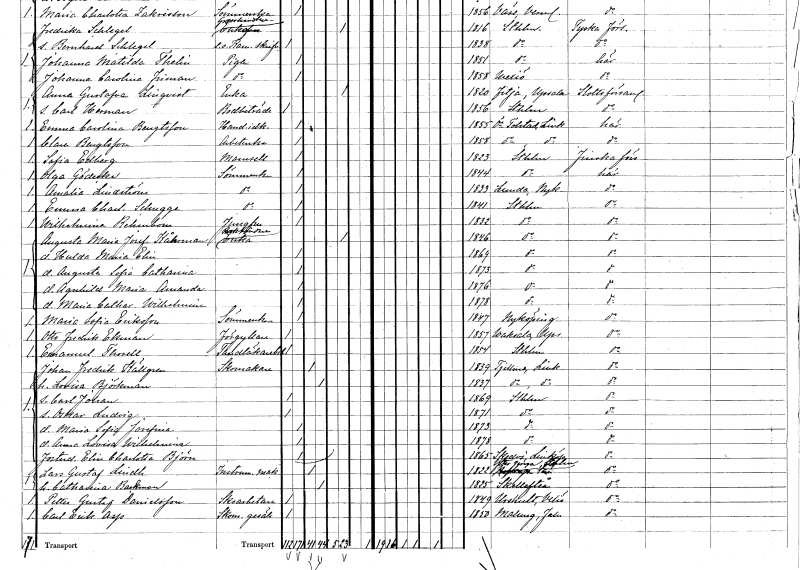
gt_parse: households: individuals: FN: Amalia
EN: Lindström
YRKE: Sömmerska
KON: K
CIV: O
FODAR: 1833
FODFORS: Lunda Södermanlands län
FN: Emma Charlotta
EN: Schugge
YRKE: Sömmerska
KON: K
CIV: O
FODAR: 1841
FODFORS: Stockholm
FN: Wilhelmina
EN: Rehnbom
YRKE: Jungfru
KON: K
CIV: O
FODAR: 1832
FODFORS: Stockholm
FN: Augusta Maria Josefina
EN: Kåhrman
YRKE: Bokbindareänka
KON: K
CIV: E
FODAR: 1846
FODFORS: Stockholm
FN: Hulda Maria Elin
KON: K
CIV: O
FODAR: 1864
FODFORS: Stockholm
FN: Augusta Sofia Catharina
KON: K
CIV: O
FODAR: 1873
FODFORS: Stockholm
FN: Agnhild Maria Amanda
KON: K
CIV: O
FODAR: 1876
FODFORS: Stockholm
FN: Maria Catharina Wilhelmina
KON: K
CIV: O
FODAR: 1878
FODFORS: Stockholm
FN: Maria Sofia
EN: Eriksson
YRKE: Sömmerska
KON: K
CIV: O
FODAR: 1847
FODFORS: Nyköping Södermanlands län
FN: Otto Fredrik
EN: Ekman
YRKE: Förgyllare
KON: M
CIV: O
FODAR: 1857
FODFORS: Vaksala Uppsala län
FN: Emanuel
EN: Thorell
YRKE: Tandläkarbiträde
KON: M
CIV: O
FODAR: 1854
FODFORS: Stockholm
FN: Johan Fredrik
EN: Källgren
YRKE: Skomakare
KON: M
CIV: G
FODAR: 1839
FODFORS: Tjällmo Östergötlands län
FN: Lovisa
EN: Björkman
KON: K
CIV: G
FODAR: 1837
FODFORS: Tjällmo Östergötlands län
FN: Carl Johan
KON: M
CIV: O
FODAR: 1869
FODFORS: Stockholm
FN: Oskar Ludvig
KON: M
CIV: O
FODAR: 1871
FODFORS: Stockholm
FN: Maria Sofia Josefina
KON: K
CIV: O
FODAR: 1873
FODFORS: Stockholm
FN: Anna Lovisa Wilhelmina
KON: K
CIV: O
FODAR: 1878
FODFORS: Stockholm
FN: Elin Charlotta
EN: Björn
KON: K
CIV: O
FODAR: 1865
FODFORS: Skedevi Östergötlands län
FN: Lars Gustaf
EN: Lindh
YRKE: Instrumentmakare
KON: M
CIV: G
FODAR: 1822
FODFORS: Ytterjärna Stockholms län
FN: Catharina
EN: Backman
KON: K
CIV: G
FODAR: 1825
FODFORS: Skellefteå Västerbottens län
FN: Petter Gustaf
EN: Danielsson
YRKE: Skoarbetare
KON: M
CIV: O
FODAR: 1849
FODFORS: Urshult Kronobergs län
FN: Carl Erik
EN: Asp
YRKE: Skomakaregesäll
KON: M
CIV: O
FODAR: 1850
FODFORS: Malung Kopparbergs län